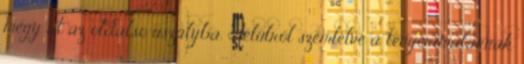
megy át az oldalsó uszályba. Felülről szemlélve a tengerimalacnak